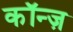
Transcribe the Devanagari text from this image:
कॉन्ज़